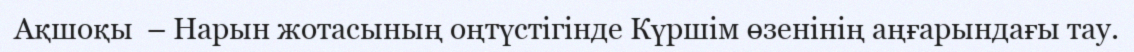
Ақшоқы  – Нарын жотасының оңтүстігінде Күршім өзенінің аңғарындағы тау.